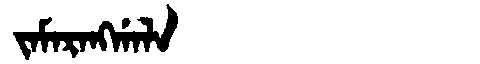
Manchu: ᠵᠠᠮᠠᡵᠠᠩᡤᠠᠯᠠ
Romanization: JAMARANGGALA